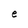
Character: e